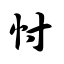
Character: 忖